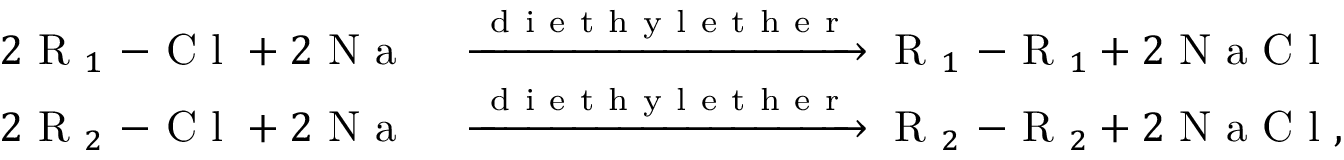
\begin{array} { r l } { 2 \mathrm { ~ R ~ } _ { 1 } \mathrm { ~ - ~ C ~ l ~ } + 2 \mathrm { ~ N ~ a ~ } } & { { } \xrightarrow [ ] { \mathrm { ~ d ~ i ~ e ~ t ~ h ~ y ~ l ~ e ~ t ~ h ~ e ~ r ~ } } \mathrm { ~ R ~ } _ { 1 } \mathrm { ~ - ~ R ~ } _ { 1 } + 2 \mathrm { ~ N ~ a ~ C ~ l ~ } } \\ { 2 \mathrm { ~ R ~ } _ { 2 } \mathrm { ~ - ~ C ~ l ~ } + 2 \mathrm { ~ N ~ a ~ } } & { { } \xrightarrow [ ] { \mathrm { ~ d ~ i ~ e ~ t ~ h ~ y ~ l ~ e ~ t ~ h ~ e ~ r ~ } } \mathrm { ~ R ~ } _ { 2 } \mathrm { ~ - ~ R ~ } _ { 2 } + 2 \mathrm { ~ N ~ a ~ C ~ l ~ } , } \end{array}